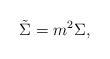
LaTeX: \begin{align*} \tilde{\Sigma}=m^2\Sigma,\end{align*}